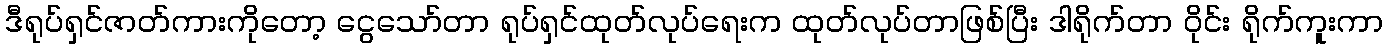
ဒီရုပ်ရှင်ဇာတ်ကားကိုတော့ ငွေသော်တာ ရုပ်ရှင်ထုတ်လုပ်ရေးက ထုတ်လုပ်တာဖြစ်ပြီး ဒါရိုက်တာ ဝိုင်း ရိုက်ကူးကာ